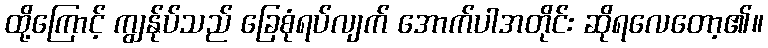
ထို့ကြောင့် ကျွန်ုပ်သည် ခြေစုံရပ်လျက် အောက်ပါအတိုင်း ဆိုရလေတော့၏။